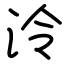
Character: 泠